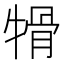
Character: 𤚱